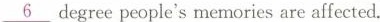
\underline{6}degree people's memories are affected.